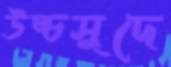
উচ্চসুদে